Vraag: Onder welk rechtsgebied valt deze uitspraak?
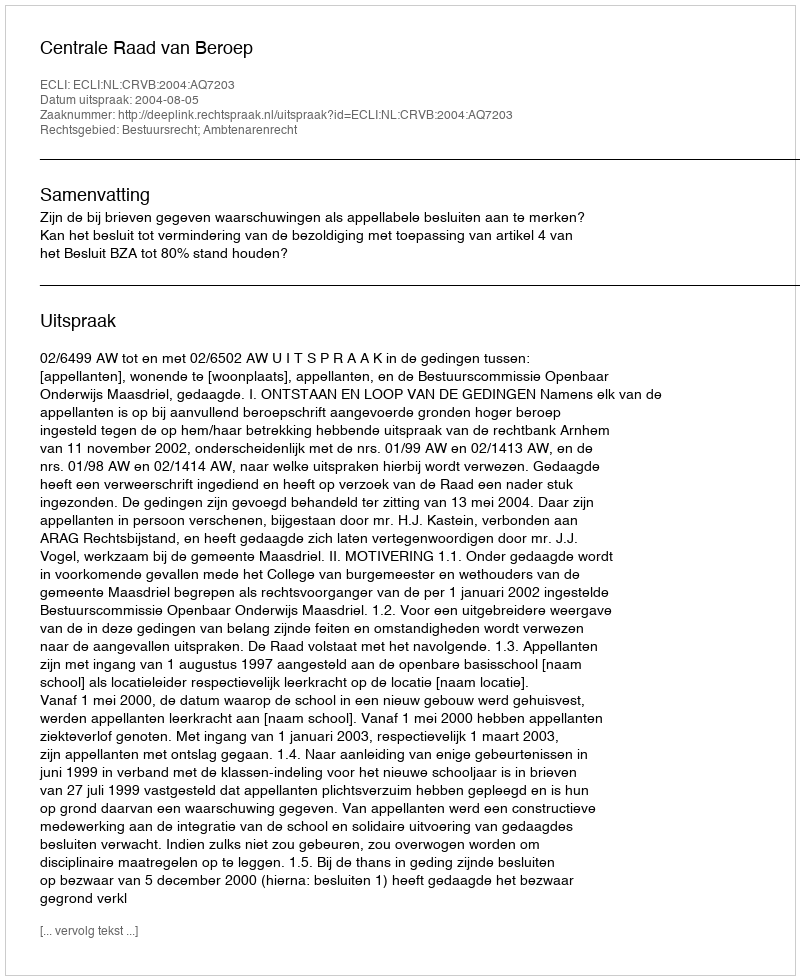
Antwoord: Bestuursrecht; Ambtenarenrecht